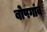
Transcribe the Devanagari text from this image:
बोपगांव